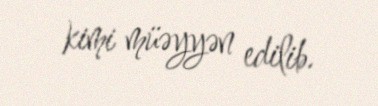
kimi müəyyən edilib.